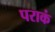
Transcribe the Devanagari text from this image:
पराकं